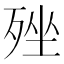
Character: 𣨎